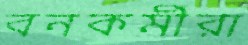
বনকর্মীরা